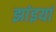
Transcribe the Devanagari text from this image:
झांइयां